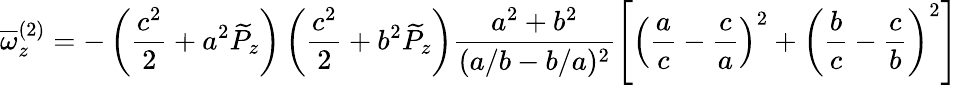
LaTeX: \overline{{\omega}}_{z}^{(2)}=-\left(\frac{c^{2}}{2}+a^{2}\widetilde{P}_{z}\right)\left(\frac{c^{2}}{2}+b^{2}\widetilde{P}_{z}\right)\frac{a^{2}+b^{2}}{(a/b-b/a)^{2}}\left[\left(\frac{a}{c}-\frac{c}{a}\right)^{2}+\left(\frac{b}{c}-\frac{c}{b}\right)^{2}\right]